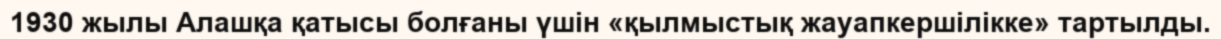
1930 жылы Алашқа қатысы болғаны үшін «қылмыстық жауапкершілікке» тартылды.